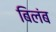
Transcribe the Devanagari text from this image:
बिलंब